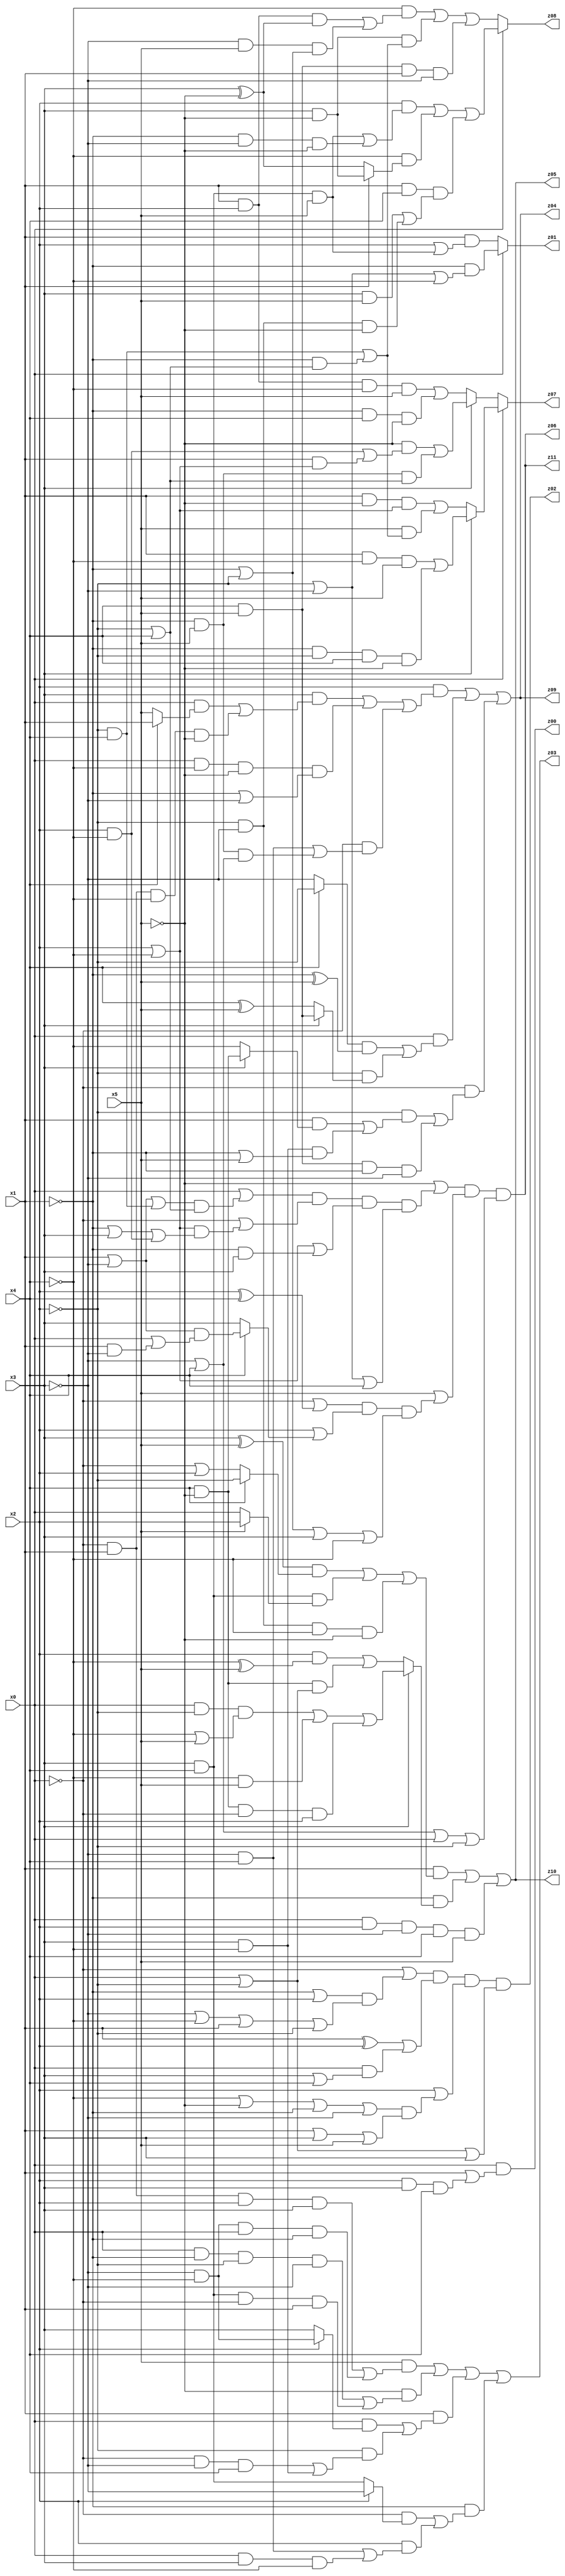
// Benchmark "q_1" written by ABC on Mon Jul 03 17:41:55 2023

module q_1 ( 
    x0, x1, x2, x3, x4, x5,
    z00, z01, z02, z03, z04, z05, z06, z07, z08, z09, z10, z11  );
  input  x0, x1, x2, x3, x4, x5;
  output z00, z01, z02, z03, z04, z05, z06, z07, z08, z09, z10, z11;
  assign z00 = x0 & (x1 | (x2 & x3 & x4));
  assign z01 = x0 ? (~x1 & (~x2 | ~x3 | ~x4)) : (x1 & (x2 | (x3 & x4 & x5)));
  assign z02 = (~x0 | ((~x1 | x2) & (~x3 | ~x4 | x1 | ~x2))) & ((x1 ^ x2) | (x0 & (x3 | x4))) & (x2 | ((~x4 | ~x5 | ~x1 | ~x3) & (x1 | x3 | x5))) & (x0 | ~x2 | x3);
  assign z03 = (x5 & ((~x0 & x1 & x2 & x3) | (~x3 & ~x4 & x0 & ~x1))) | (~x5 & ((x0 & ~x1 & ~x2 & ~x3) | (x3 & x4 & ~x0 & x1))) | (x1 & ((x0 & (x2 ? (~x3 & ~x4) : x3)) | (~x2 & ((~x0 & ~x3 & x4) | (x3 & ~x4))))) | (~x1 & ((~x0 & (x2 ? ~x3 : (x3 & x4))) | (x2 & ((~x3 & x4) | (x0 & x3 & ~x4)))));
  assign z04 = (x2 & ((x3 & ((x0 & (x4 ? x1 : x5)) | (~x0 & x1 & ~x4 & ~x5))) | (x0 & ~x4 & ~x5 & (~x1 | ~x3)) | (~x0 & ((~x3 & x4) | (~x1 & x5 & (~x3 | x4)))))) | (x0 & (((x4 ? ~x2 : ~x3) & (~x1 ^ x5)) | (~x2 & (x3 ? (x4 & x5) : (x4 ^ x5))))) | (~x0 & ((~x2 & ((x1 & (x3 ? (x4 & ~x5) : ~x4)) | (x3 & ~x4 & (~x1 | x5)))) | (x4 & x5 & ~x1 & ~x3)));
  assign z05 = (x1 & (((x3 ^ x5) & (x4 ? ~x2 : (~x0 | x2))) | (x3 & x4 & (x5 ? x2 : x0)) | (~x2 & ~x3 & ~x4 & ~x5))) | (~x1 & (x3 ? ((x0 & ~x2 & (~x4 | x5)) | (~x4 & x5) | (x4 & ~x5 & ~x0 & x2)) : ((x2 & (~x4 ^ x5)) | (x4 & ~x5 & (x0 | ~x2))))) | (x0 & x2 & ~x3 & x4 & x5);
  assign z06 = (~x5 | ((x0 | ((x1 | ~x3 | (~x2 & x4)) & (~x2 | x4))) & (~x0 | ((x2 | ~x4) & (~x1 | x3 | (x2 & ~x4)))) & (x2 | ~x4 | (~x1 & x3)) & (~x2 | ~x3 | x4))) & (x5 | ((~x0 | (x2 ^ x4)) & (x2 | (x4 ? ((x1 | ~x3) & (x0 | (x1 & ~x3))) : x3)) & (~x1 | ~x2 | x3 | ~x4))) & (~x3 | x4 | x0 | ~x2);
  assign z07 = x0 ? (x3 ? ((x1 & ~x4 & x5) | (~x1 & ~x2 & x4 & ~x5)) : ((x1 & ~x5 & (x2 | ~x4)) | (x5 & ((~x2 & x4) | (~x1 & (~x2 | x4)))))) : (x3 ? ((~x5 & ((x2 & ~x4) | (x1 & (x2 | ~x4)))) | (~x1 & x5 & (~x2 | x4))) : ((x1 & x2 & ~x4 & x5) | (~x1 & x4 & ~x5)));
  assign z08 = x0 ? ((x2 & ((x3 & x4 & x5) | (~x1 & ~x3 & ~x5))) | (~x4 & (x1 ? (x3 & ~x5) : (x3 ^ ~x5))) | (x1 & x4 & ((x3 & x5) | (~x2 & ~x3 & ~x5)))) : ((~x4 & ((x1 & x2 & (x3 ^ ~x5)) | (~x3 & x5 & (~x1 | ~x2)))) | (x3 & ~x5 & ((~x2 & x4) | (~x1 & (~x2 | x4)))) | (x4 & x5 & x1 & ~x3));
  assign z09 = (x2 & ((x3 & ((x0 & (x4 ? x1 : x5)) | (~x0 & x1 & ~x4 & ~x5))) | (x0 & ~x4 & ~x5 & (~x1 | ~x3)) | (~x0 & ((~x3 & x4) | (~x1 & x5 & (~x3 | x4)))))) | (x0 & (((x4 ? ~x2 : ~x3) & (~x1 ^ x5)) | (~x2 & (x3 ? (x4 & x5) : (x4 ^ x5))))) | (~x0 & ((~x2 & ((x1 & (x3 ? (x4 & ~x5) : ~x4)) | (x3 & ~x4 & (~x1 | x5)))) | (x4 & x5 & ~x1 & ~x3)));
  assign z10 = (x1 & (((x3 ^ x5) & (x4 ? ~x2 : (~x0 | x2))) | (x3 & x4 & (x5 ? x2 : x0)) | (~x2 & ~x3 & ~x4 & ~x5))) | (~x1 & (x3 ? ((x0 & ~x2 & (~x4 | x5)) | (~x4 & x5) | (x4 & ~x5 & ~x0 & x2)) : ((x2 & (~x4 ^ x5)) | (x4 & ~x5 & (x0 | ~x2))))) | (x0 & x2 & ~x3 & x4 & x5);
  assign z11 = (~x5 | ((x0 | ((x1 | ~x3 | (~x2 & x4)) & (~x2 | x4))) & (~x0 | ((x2 | ~x4) & (~x1 | x3 | (x2 & ~x4)))) & (x2 | ~x4 | (~x1 & x3)) & (~x2 | ~x3 | x4))) & (x5 | ((~x0 | (x2 ^ x4)) & (x2 | (x4 ? ((x1 | ~x3) & (x0 | (x1 & ~x3))) : x3)) & (~x1 | ~x2 | x3 | ~x4))) & (~x3 | x4 | x0 | ~x2);
endmodule